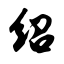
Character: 绍